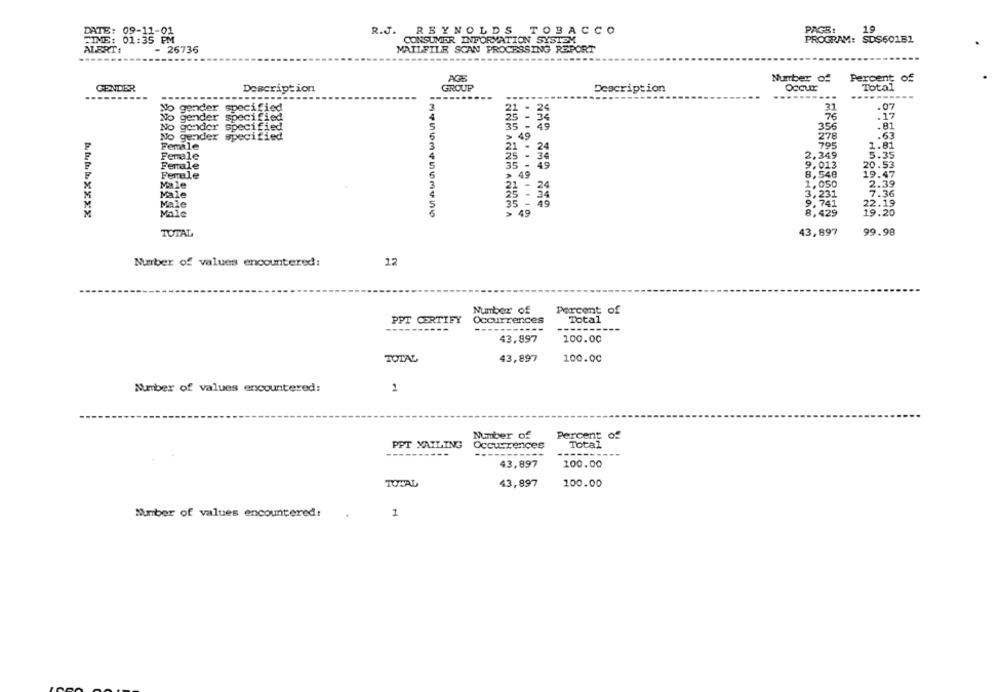
10
DATE: 09-11-01
R.J. REYNOLDS TOBACCO
PAGS!
TIME: 01:35 PM
CONSUMER INFORMATION SYSTEM
PROGRAM: SDS60182
ALERT:
- 26736
MAILFILE SCAN PROCESSING REPORT
------
AGE
Number of
Percent of
GENDER
Description
GROUP
Description
Total
...
...
NO
gender spect
pecified
31
.07
No gender speci
becified
76
.17
356
.81
No gondor spec
No gender spec
278
.63
Female
795
1.81
24
Female
25
2.349
5.35
Female
35
9.013
20.53
.49
8,548
Female
4
19.47
1,050
2.39
3,231
7.36
Male
Male
35
22.19
Male
49
.......... 10
19.20
TOTAL
43,897
99.98
12
Number of values encountered:
Number of
Percent of
PPT CERTIFY
Occurrences
Total
--------
43,897
100.00
TOTAL
43,897
100.00
Number of values encountered:
1
Number of
Percent of
PPT MAILING
Occurrences
Total
43,897
100.00
TOTAL
43,897
100.00
Number of values encountered:
1